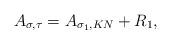
LaTeX: \begin{align*}A_{\sigma,{\tau}}=A_{\sigma_1,{KN}}+R_1,\end{align*}